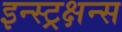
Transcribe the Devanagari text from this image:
इन्स्ट्रक्षन्स